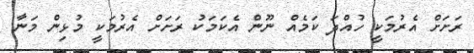
ރަށަށް އެރުމަކީ ހުއްދަ ކަމެއް ނޫން އެކަމަކު ރަށަށް އެރުމަކީ މުޅިން މަނާ